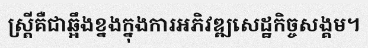
ស្ត្រីគឺជាឆ្អឹងខ្នងក្នុងការអភិវឌ្ឍសេដ្ឋកិច្ចសង្គម។